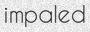
impaled